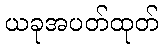
ယခုအပတ်ထုတ်